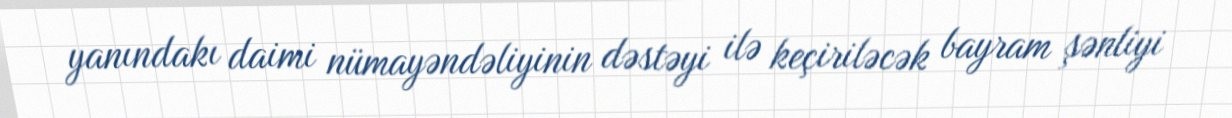
yanındakı daimi nümayəndəliyinin dəstəyi ilə keçiriləcək bayram şənliyi